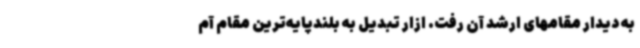
به دیدار مقامهای ارشد آن رفت. ازار تبدیل به بلندپایه‌ترین مقام آم